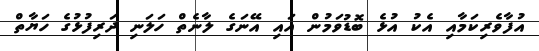
އުފާވެރިކަމާއި އެކު އުޅެ ބޮޑުވަމުން އައި އޭނަގެ ލާނެތް ހަލަނި ދަރިފުޅުގެ ހަޔާތް